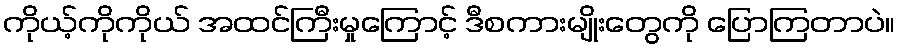
ကိုယ့်ကိုကိုယ် အထင်ကြီးမှုကြောင့် ဒီစကားမျိုးတွေကို ပြောကြတာပဲ။